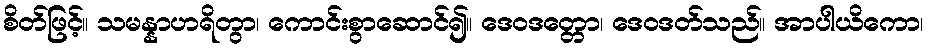
စိတ်ဖြင့်။ သမန္နာဟရိတွာ၊ ကောင်းစွာဆောင်၍။ ဒေဝဒတ္တော၊ ဒေဝဒတ်သည်။ အာပါယိကော၊